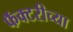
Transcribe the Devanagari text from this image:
फॅक्टरीच्या